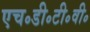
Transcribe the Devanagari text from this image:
एच॰डी॰टी॰वी॰